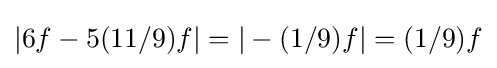
|6f-5(11/9)f|=|-(1/9)f|=(1/9)f